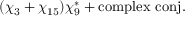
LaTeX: ( \chi _ { 3 } + \chi _ { 1 5 } ) \chi _ { 9 } ^ { * } + \mathrm { c o m p l e x \ c o n j . }